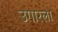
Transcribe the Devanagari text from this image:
उगारला